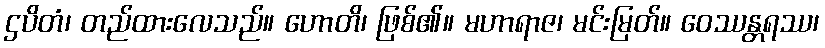
ဌပိတံ၊ တည်ထားလေသည်။ ဟောတိ၊ ဖြစ်၏။ မဟာရာဇ၊ မင်းမြတ်။ ဝေဿန္တရဿ၊